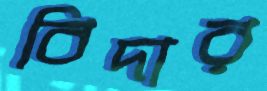
বিদার